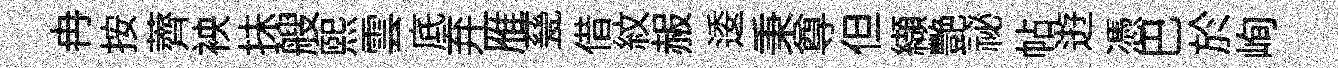
冉按薺䘧抺艘煕雲底弃雁甆借紋赧逶秉尊但纈艷祕帖逰憑巴於峋